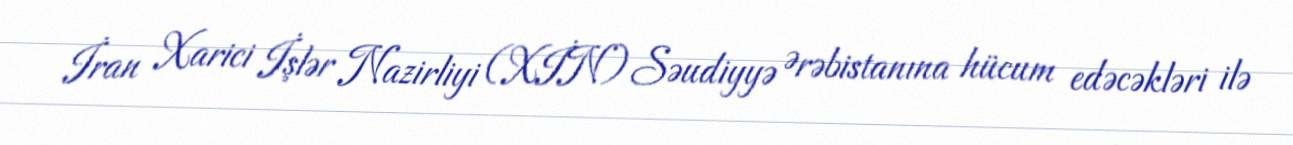
İran Xarici İşlər Nazirliyi (XİN) Səudiyyə Ərəbistanına hücum edəcəkləri ilə